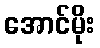
အောင်မိုး